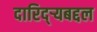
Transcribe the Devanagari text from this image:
दारिद्‌र्‍यबद्दल